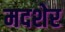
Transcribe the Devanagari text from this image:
मदशेर